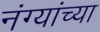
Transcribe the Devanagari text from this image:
नंग्यांच्या